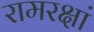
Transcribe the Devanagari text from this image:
रामरक्षां